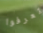
تعرفوا